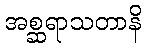
အစ္ဆရာသတာနိ